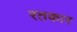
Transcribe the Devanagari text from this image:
रतकार